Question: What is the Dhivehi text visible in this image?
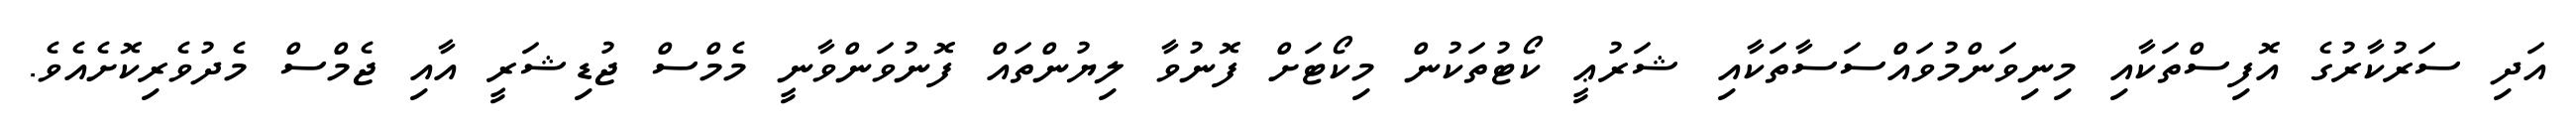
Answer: އަދި ސަރުކާރުގެ އޮފިސްތަކާއި މިނިވަންމުވައްސަސާތަކާއި ޝަރުޢީ ކޯޓުތަކުން މިކޯޓަށް ފޮނުވާ ލިޔުންތައް ފޮނުވަންވާނީ މެމްސް ޖުޑިޝަރީ އާއި ޖެމްސް މެދުވެރިކޮށެއެވެ.